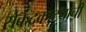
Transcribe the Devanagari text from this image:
सेकंदकाट्याची